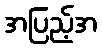
အပြည့်အ